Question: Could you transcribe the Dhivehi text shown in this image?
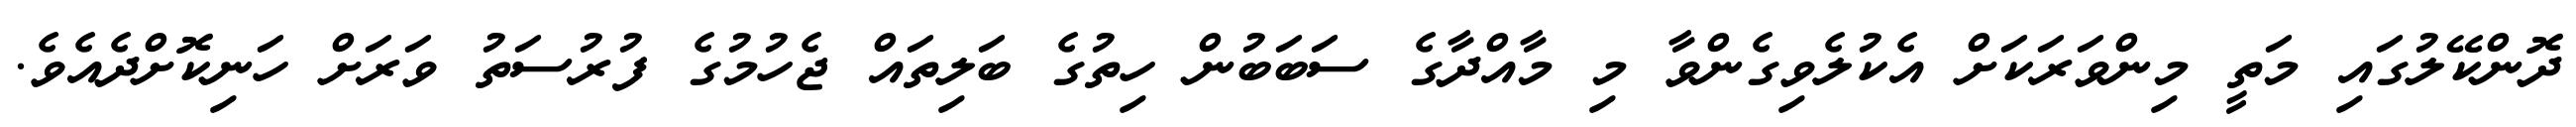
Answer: ދޮންކޭލުގައި މަތީ މިންވަރަކަށް އެކުލެވިގެންވާ މި މާއްދާގެ ސަބަބުން ހިތުގެ ބަލިތައް ޖެހުމުގެ ފުރުސަތު ވަރަށް ހަނިކޮށްދެއެވެ.